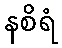
နစိရံ